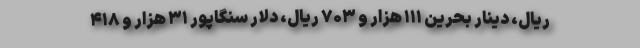
ریال، دینار بحرین ۱۱۱ هزار و ۷۰۳ ریال، دلار سنگاپور ۳۱ هزار و ۴۱۸